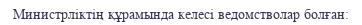
Министрліктің құрамында келесі ведомстволар болған: